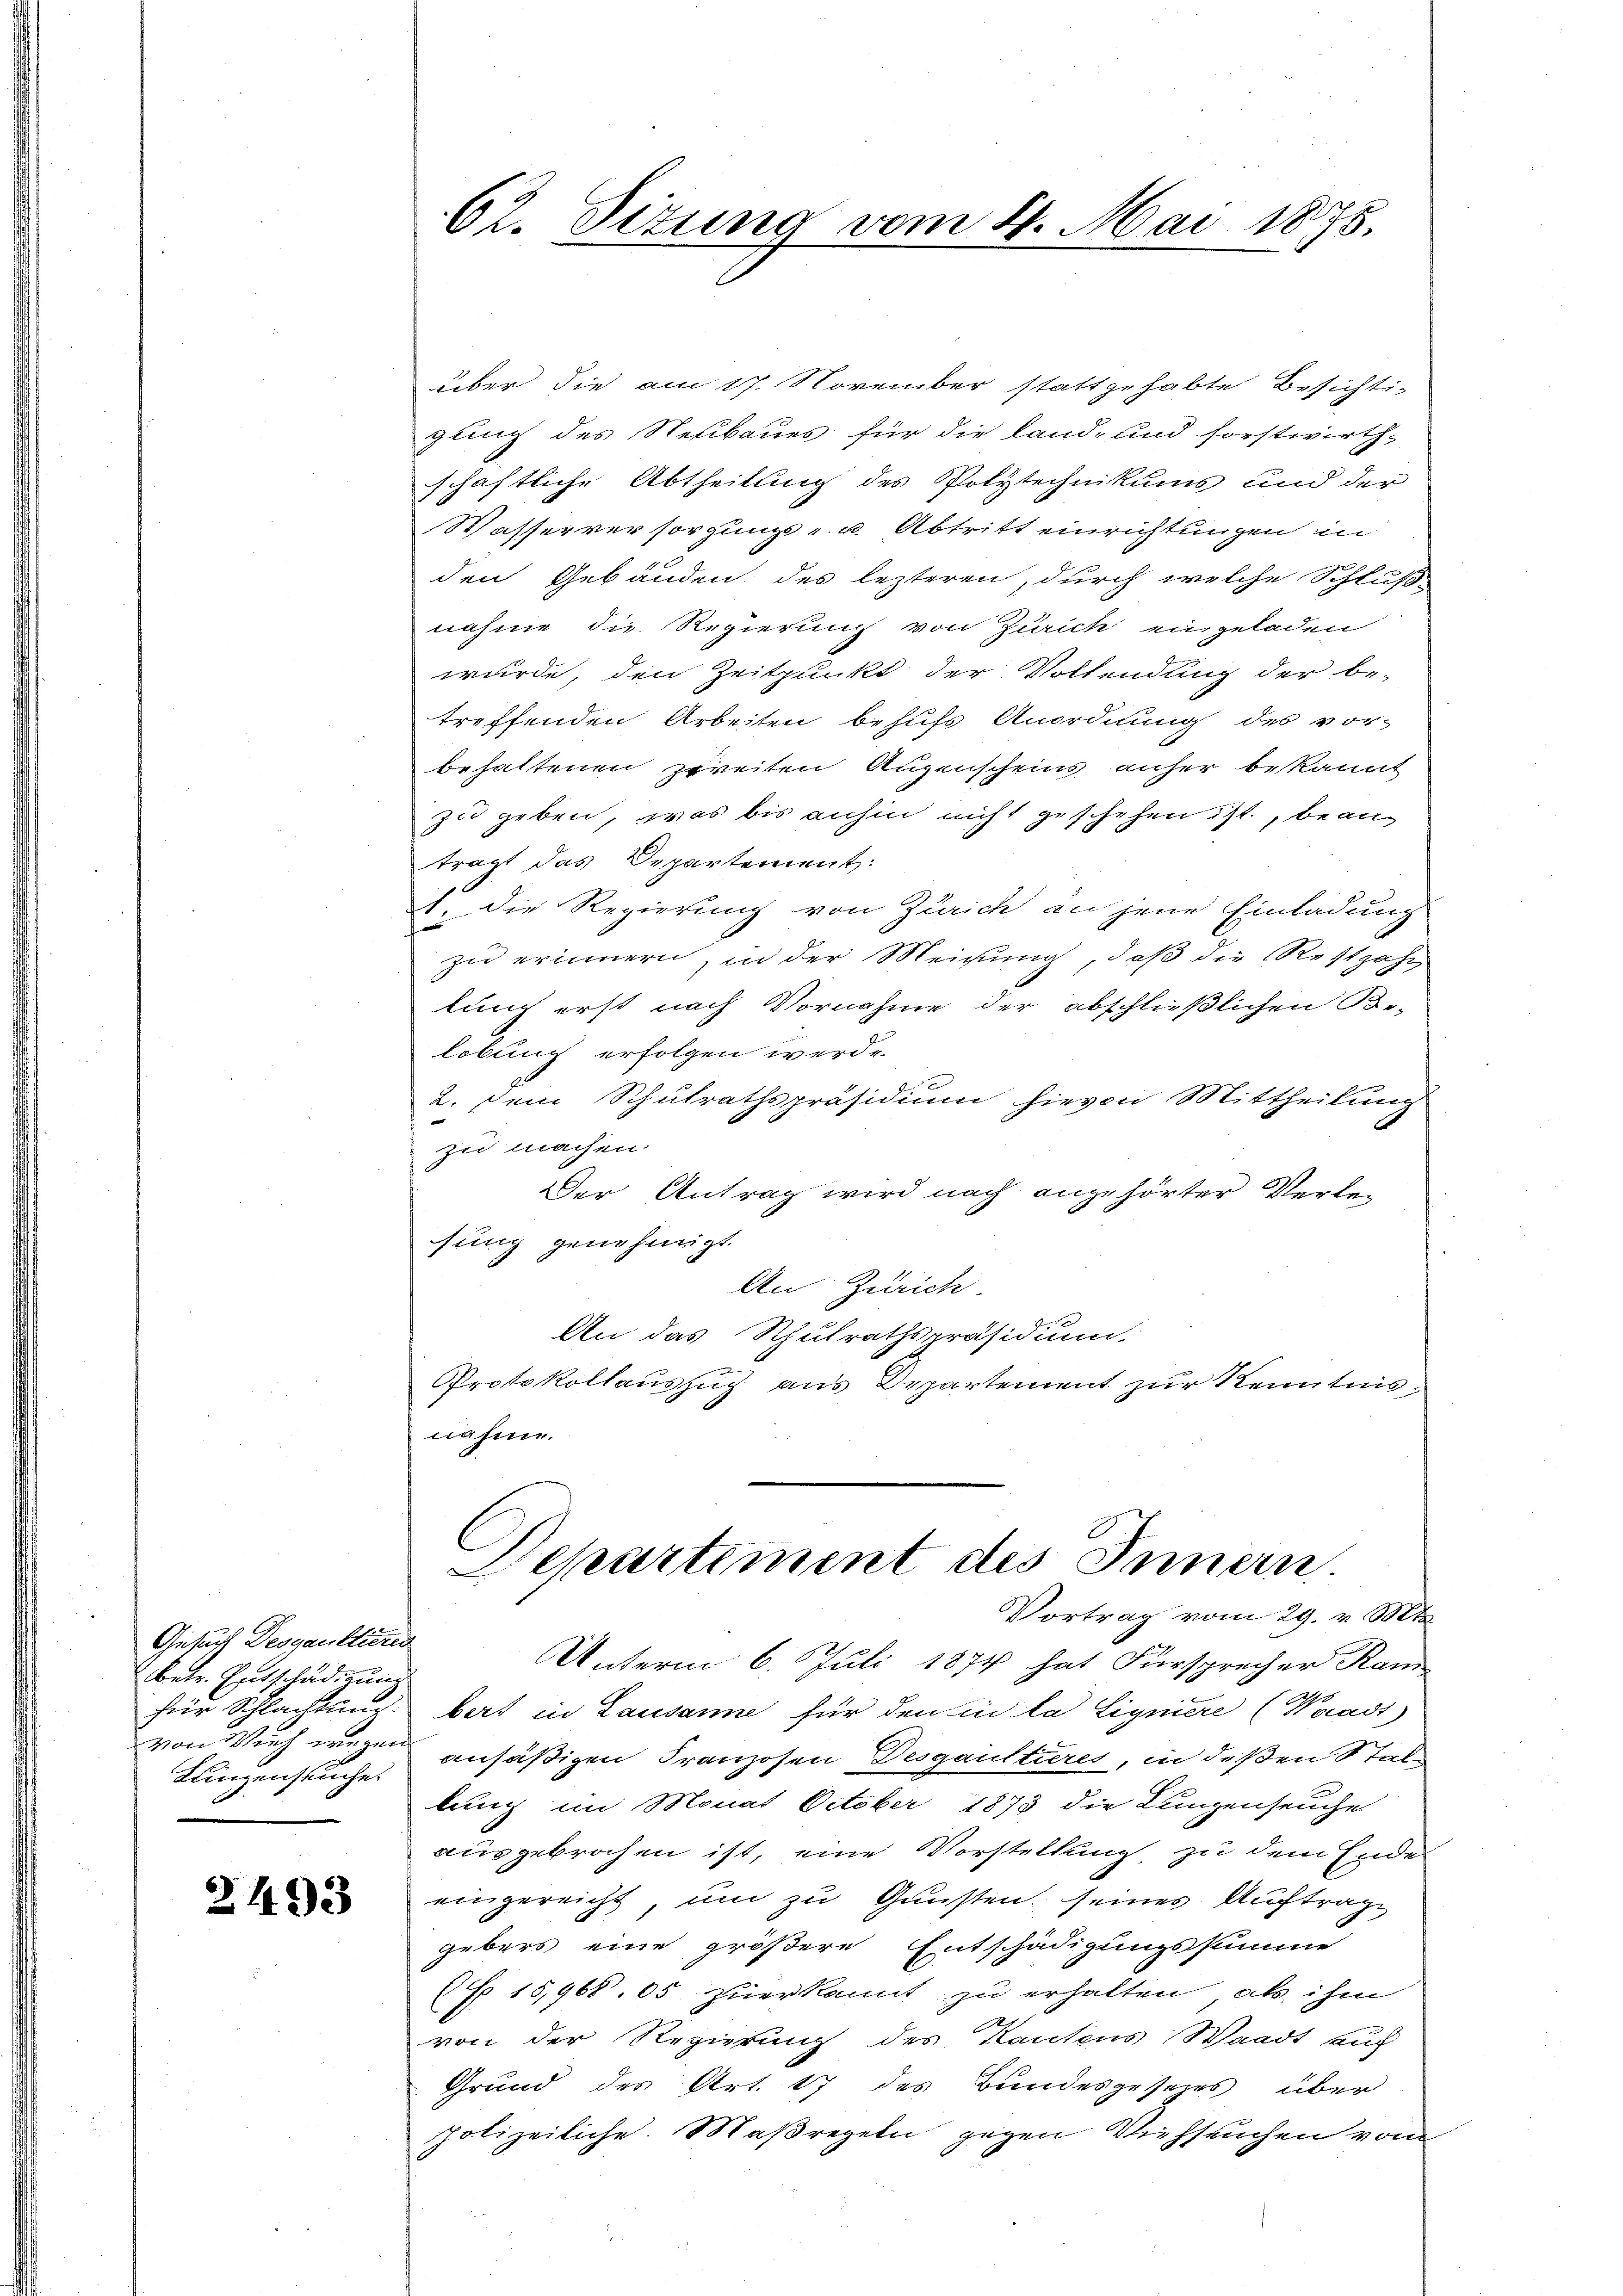
Gesuch Desgaultierig
betr. Entschädigung
für Schlachtung
Lungenseuche

2493

über die am 17. November stattgehabte Besichtigung des Neubaues für die land- und forstwirth-
schaftliche Abtheilung des Polytechnikums und der
Wasserversorgungs- u. Abtritt einrichtungen in
den Gebäuden des lezteren, durch welche Schluß-
nahme die Regierung von Zürich eingeladen
wurde, den Zeitpunkt der Vollendling der be-
treffenden Arbeiten behufs Anordnung des vor-
behaltenen zweiten Augenscheins anher bekannt
zu geben, was bis anhin nicht geschehen ist, beanträgt das Departement:
1. Die Regierung von Zürich an jene Einladung
zu erinnern, in der Meinung, daß die Restzahn
lung erst nach Vornahme der abschließlichen Be-
lobung erfolgen werde.
2. Dem Schulrathspräsidium hievon Mittheilung
zu machen.
Der Antrag wird nach angehörter Verlesung genehmigt.
An Zürich.
An das Schulrathspräsidium.
g
Protokollauszug aus Departement zur Kenntnis
nahme.

62. Sizung vom 4. Mai 1875.

Departiment des Innern.
Vortrag vom 29. v. Mts.

Unterm 6. Juli 1874 hat Fürsprecher Ram
bert in Lausanne für den in la Ligniere (Waadt)
von Wich wegen ansäßigen Franzosen Desgaultieres, in deßen Stallung im Monat October 1873 die Lungenseuche
ausgebrochen ist, eine Vorstellung, zu dem Ende
eingereicht, um zu Gunsten, seines Auftrage
gebers eine größere Entschädigungsstimme
f 15,968. 85 zuerkannt zu erhalten, als ihm
von der Regierung des Kantons Waadt auf
Grund des Art. 17 des Bundesgeseres über
polizeiliche Maßregeln gegen Viehseuchen vom